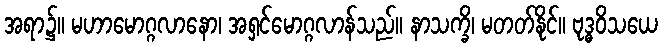
အရာ၌။ မဟာမောဂ္ဂလာနော၊ အရှင်မောဂ္ဂလာန်သည်။ နာသက္ခိ၊ မတတ်နိုင်။ ဗုဒ္ဓဝိသယေ